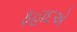
ફહાદએ